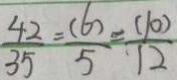
\frac { 4 2 } { 3 5 } = \frac { ( 6 ) } { 5 } = \frac { ( 1 0 ) } { 1 2 }